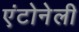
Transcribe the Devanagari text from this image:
एंटोनेली